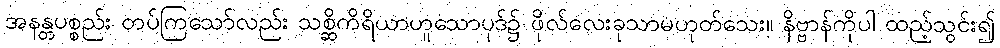
အနန္တပစ္စည်း တပ်ကြသော်လည်း သစ္ဆိကိရိယာဟူသောပုဒ်၌ ဖိုလ်လေးခုသာမဟုတ်သေး။ နိဗ္ဗာန်ကိုပါ ထည့်သွင်း၍